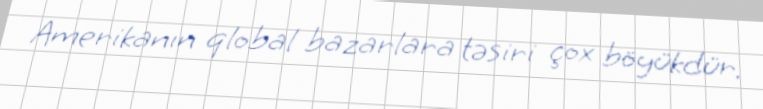
Amerikanın qlobal bazarlara təsiri çox böyükdür.